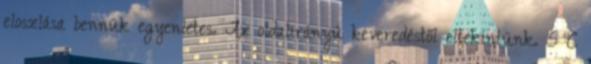
eloszlása bennük egyenletes. Az oldalirányú keveredéstől eltekintünk. 5 C